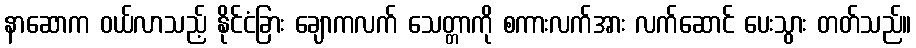
နာဆောက ဝယ်လာသည့် နိုင်ငံခြား ချောကလက် သေတ္တာကို စကားလက်အား လက်ဆောင် ပေးသွား တတ်သည်။